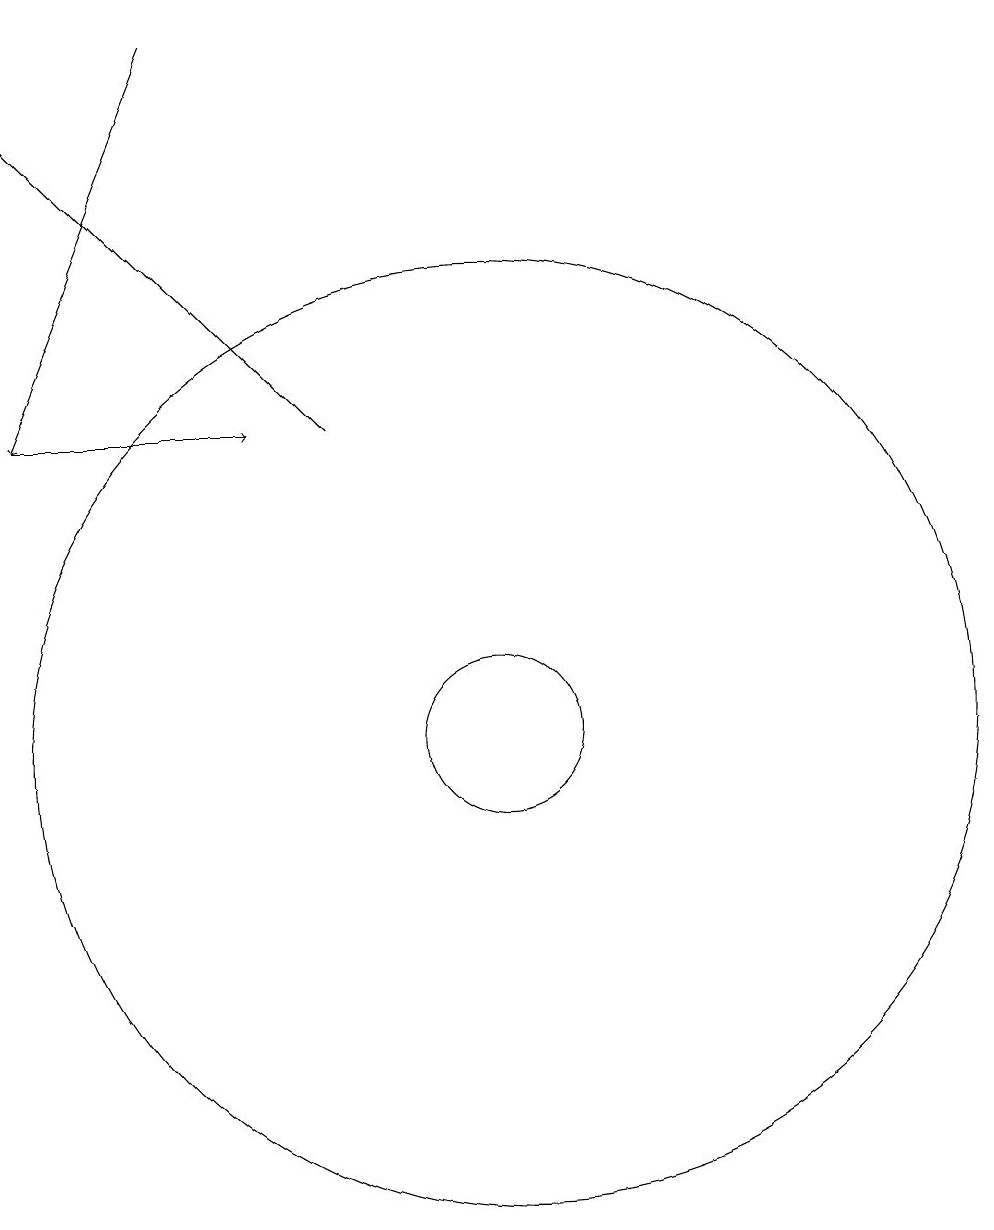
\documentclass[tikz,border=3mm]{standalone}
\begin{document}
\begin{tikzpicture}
\draw (11,10) circle (1);
\draw[->] (5,14) -- (8,14);
\draw[->] (9,14) -- (5,18);
\draw[->] (7,19) -- (5,14);
\draw (11,10) circle (6);
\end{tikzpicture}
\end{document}